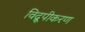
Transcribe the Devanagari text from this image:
विद्रूपीकरण